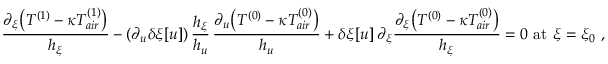
{ { \frac { \partial _ { \xi } \big ( T ^ { ( 1 ) } - \kappa T _ { a i r } ^ { ( 1 ) } \big ) } { h _ { \xi } } } } - ( \partial _ { u } \delta \xi [ u ] ) \, \frac { h _ { \xi } } { h _ { u } } \, \frac { \partial _ { u } \big ( T ^ { ( 0 ) } - \kappa T _ { a i r } ^ { ( 0 ) } \big ) } { h _ { u } } + \delta \xi [ u ] \, { \partial _ { \xi } { \frac { \partial _ { \xi } \big ( T ^ { ( 0 ) } - \kappa T _ { a i r } ^ { ( 0 ) } \big ) } { h _ { \xi } } } } = 0 \mathrm { ~ a t ~ } \xi = \xi _ { 0 } \ , \